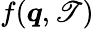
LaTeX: f(\boldsymbol{q},\mathscr{T})